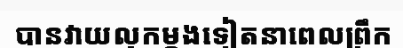
បានវាយលុកម្តងទៀតនាពេលព្រឹក